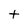
Character: t